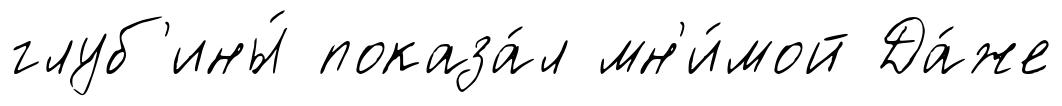
глуб'ины́ показа́л мн'и́мой Да́же